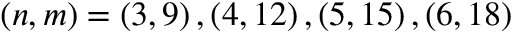
\left( n , m \right) = \left( 3 , 9 \right) , \left( 4 , 1 2 \right) , \left( 5 , 1 5 \right) , \left( 6 , 1 8 \right)